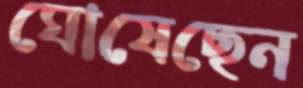
ঘোষেছেন